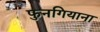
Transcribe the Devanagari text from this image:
फुनगियाना